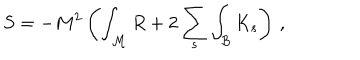
S = - M ^ { 2 } \left( \int _ { \mathcal M } R + 2 \sum _ { s } \int _ { \mathcal B } K _ { s } \right) \, ,